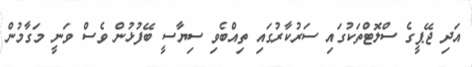
އަދި ޖޭޕީގެ ސްލޮޓްތަކުގައި ސަރުކާރުގައި ތިއްބެވި ސިޔާސީ ބޭފުޅުން ވެސް ވަނީ މަގާމުން